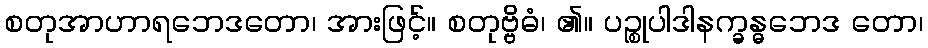
စတုအာဟာရဘေဒတော၊ အားဖြင့်။ စတုဗ္ဗိဓံ၊ ၏။ ပဉ္စုပါဒါနက္ခန္ဓဘေဒ တော၊